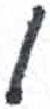
אות: ו